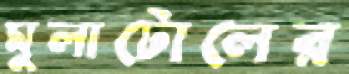
মুলাটোলের